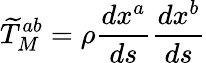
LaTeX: {\widetilde{T}}_{M}^{ab}=\rho{\frac{dx^{a}}{ds}}{\frac{dx^{b}}{ds}}